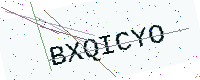
Text: BXQICYO